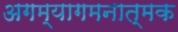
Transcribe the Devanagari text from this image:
अगम्यागमनात्मक